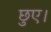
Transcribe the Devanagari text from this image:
छुए।